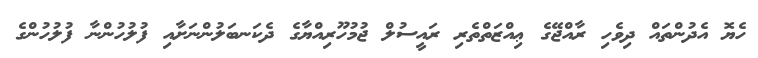
ހެޔޮ އެދުންތައް ދިވެހި ރާއްޖޭގެ ޢިއްޒަތްތެރި ރައީސުލް ޖުމުހޫރިއްޔާގެ ދެކަނބަލުންނަށާއި ފުލުހުންނާ ފުލުހުންގެ